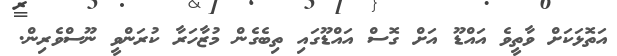
އަތޮޅަކަށް ވާތީވެ އައްޑޫ އަށް ގޮސް އައްޑޫގައި ތިބެގެން މުޒާހަރާ ކުރަންވީ ނޫސްވެރިން.